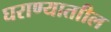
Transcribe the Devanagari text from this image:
घराण्याताील